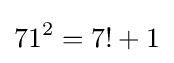
71^{2}=7!+1